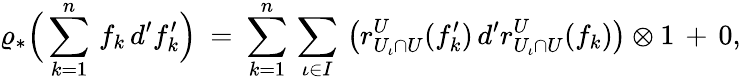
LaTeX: \varrho_{*}\Big(\sum_{k=1}^{n}\, f_{k}\, d^{\prime}f_{k}^{\prime}\Big)\: =\: \sum_{k=1}^{n}\, \sum_{\iota\in I}\, \big(r_{U_{\iota}\cap U}^{U}(f_{k}^{\prime})\, d^{\prime}r_{U_{\iota}\cap U}^{U}(f_{k})\big)\otimes 1\, +\, 0,